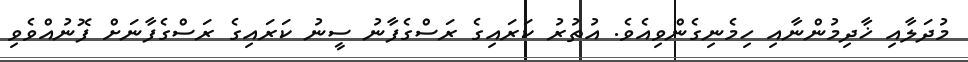
މުދަލާއި ޚާދިމުންނާއި ހިމެނިގެންވިއެވެ. އުތުރު ކަރައިގެ ރަސްގެފާނު ސީނު ކަރައިގެ ރަސްގެފާނަށް ފޮނުއްވެވި